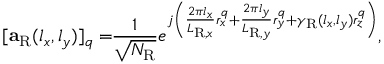
[ \mathbf { a } _ { \mathrm { R } } ( l _ { x } , l _ { y } ) ] _ { q } = \! \! \frac { 1 } { \sqrt { N _ { \mathrm { R } } } } e ^ { j \left( \frac { 2 \pi l _ { x } } { L _ { \mathrm { R } , x } } r _ { x } ^ { q } + \frac { 2 \pi l _ { y } } { L _ { \mathrm { R } , y } } r _ { y } ^ { q } + \gamma _ { \mathrm { R } } ( l _ { x } , l _ { y } ) r _ { z } ^ { q } \right) } ,